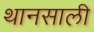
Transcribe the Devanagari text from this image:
थानसाली